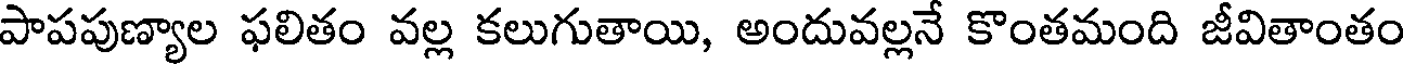
పాపపుణ్యాల ఫలితం వల్ల కలుగుతాయి, అందువల్లనే కొంతమంది జీవితాంతం